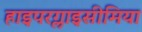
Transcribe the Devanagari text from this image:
हाइपरग्लाइसीमिया